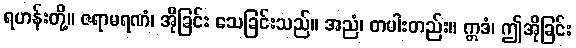
ရဟန်းတို့။ ဇရာမရဏံ၊ အိုခြင်း သေခြင်းသည်။ အညံ၊ တပါးတည်း။ ဣဒံ၊ ဤအိုခြင်း